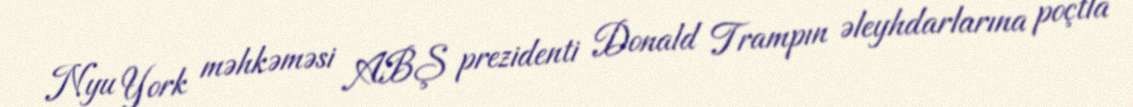
Nyu York məhkəməsi ABŞ prezidenti Donald Trampın əleyhdarlarına poçtla